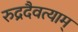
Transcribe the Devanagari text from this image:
रुद्रदैवत्याम्